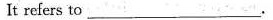
It refers to ___